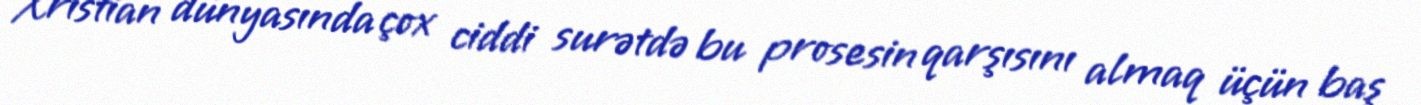
Xristian dünyasında çox ciddi surətdə bu prosesin qarşısını almaq üçün baş